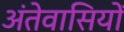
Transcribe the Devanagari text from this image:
अंतेवासियों